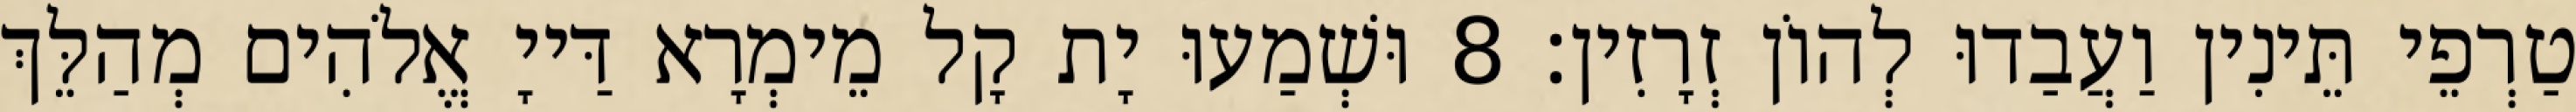
טַרְפֵי תֵּינִין וַעֲבַדוּ לְהוֹן זְרָזִין׃ 8 וּשְׁמַעוּ יָת קָל מֵימְרָא דַּייָ אֱלֹהִים מְהַלֵּךְ